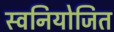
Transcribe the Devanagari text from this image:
स्वनियोजित